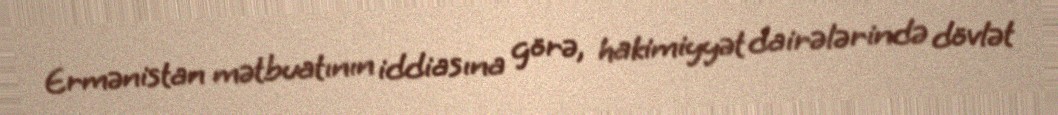
Ermənistan mətbuatının iddiasına görə, hakimiyyət dairələrində dövlət